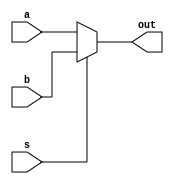
module mux21(a, b, s, out);
	// paramter N=32;
	input a,b,s;
	output out;
	
	// wires and reg
	reg out_x;

	always @*
	begin
		if(s==0)
			out_x = a;
		else
			out_x = b;
	end
	assign out = out_x;
endmodule